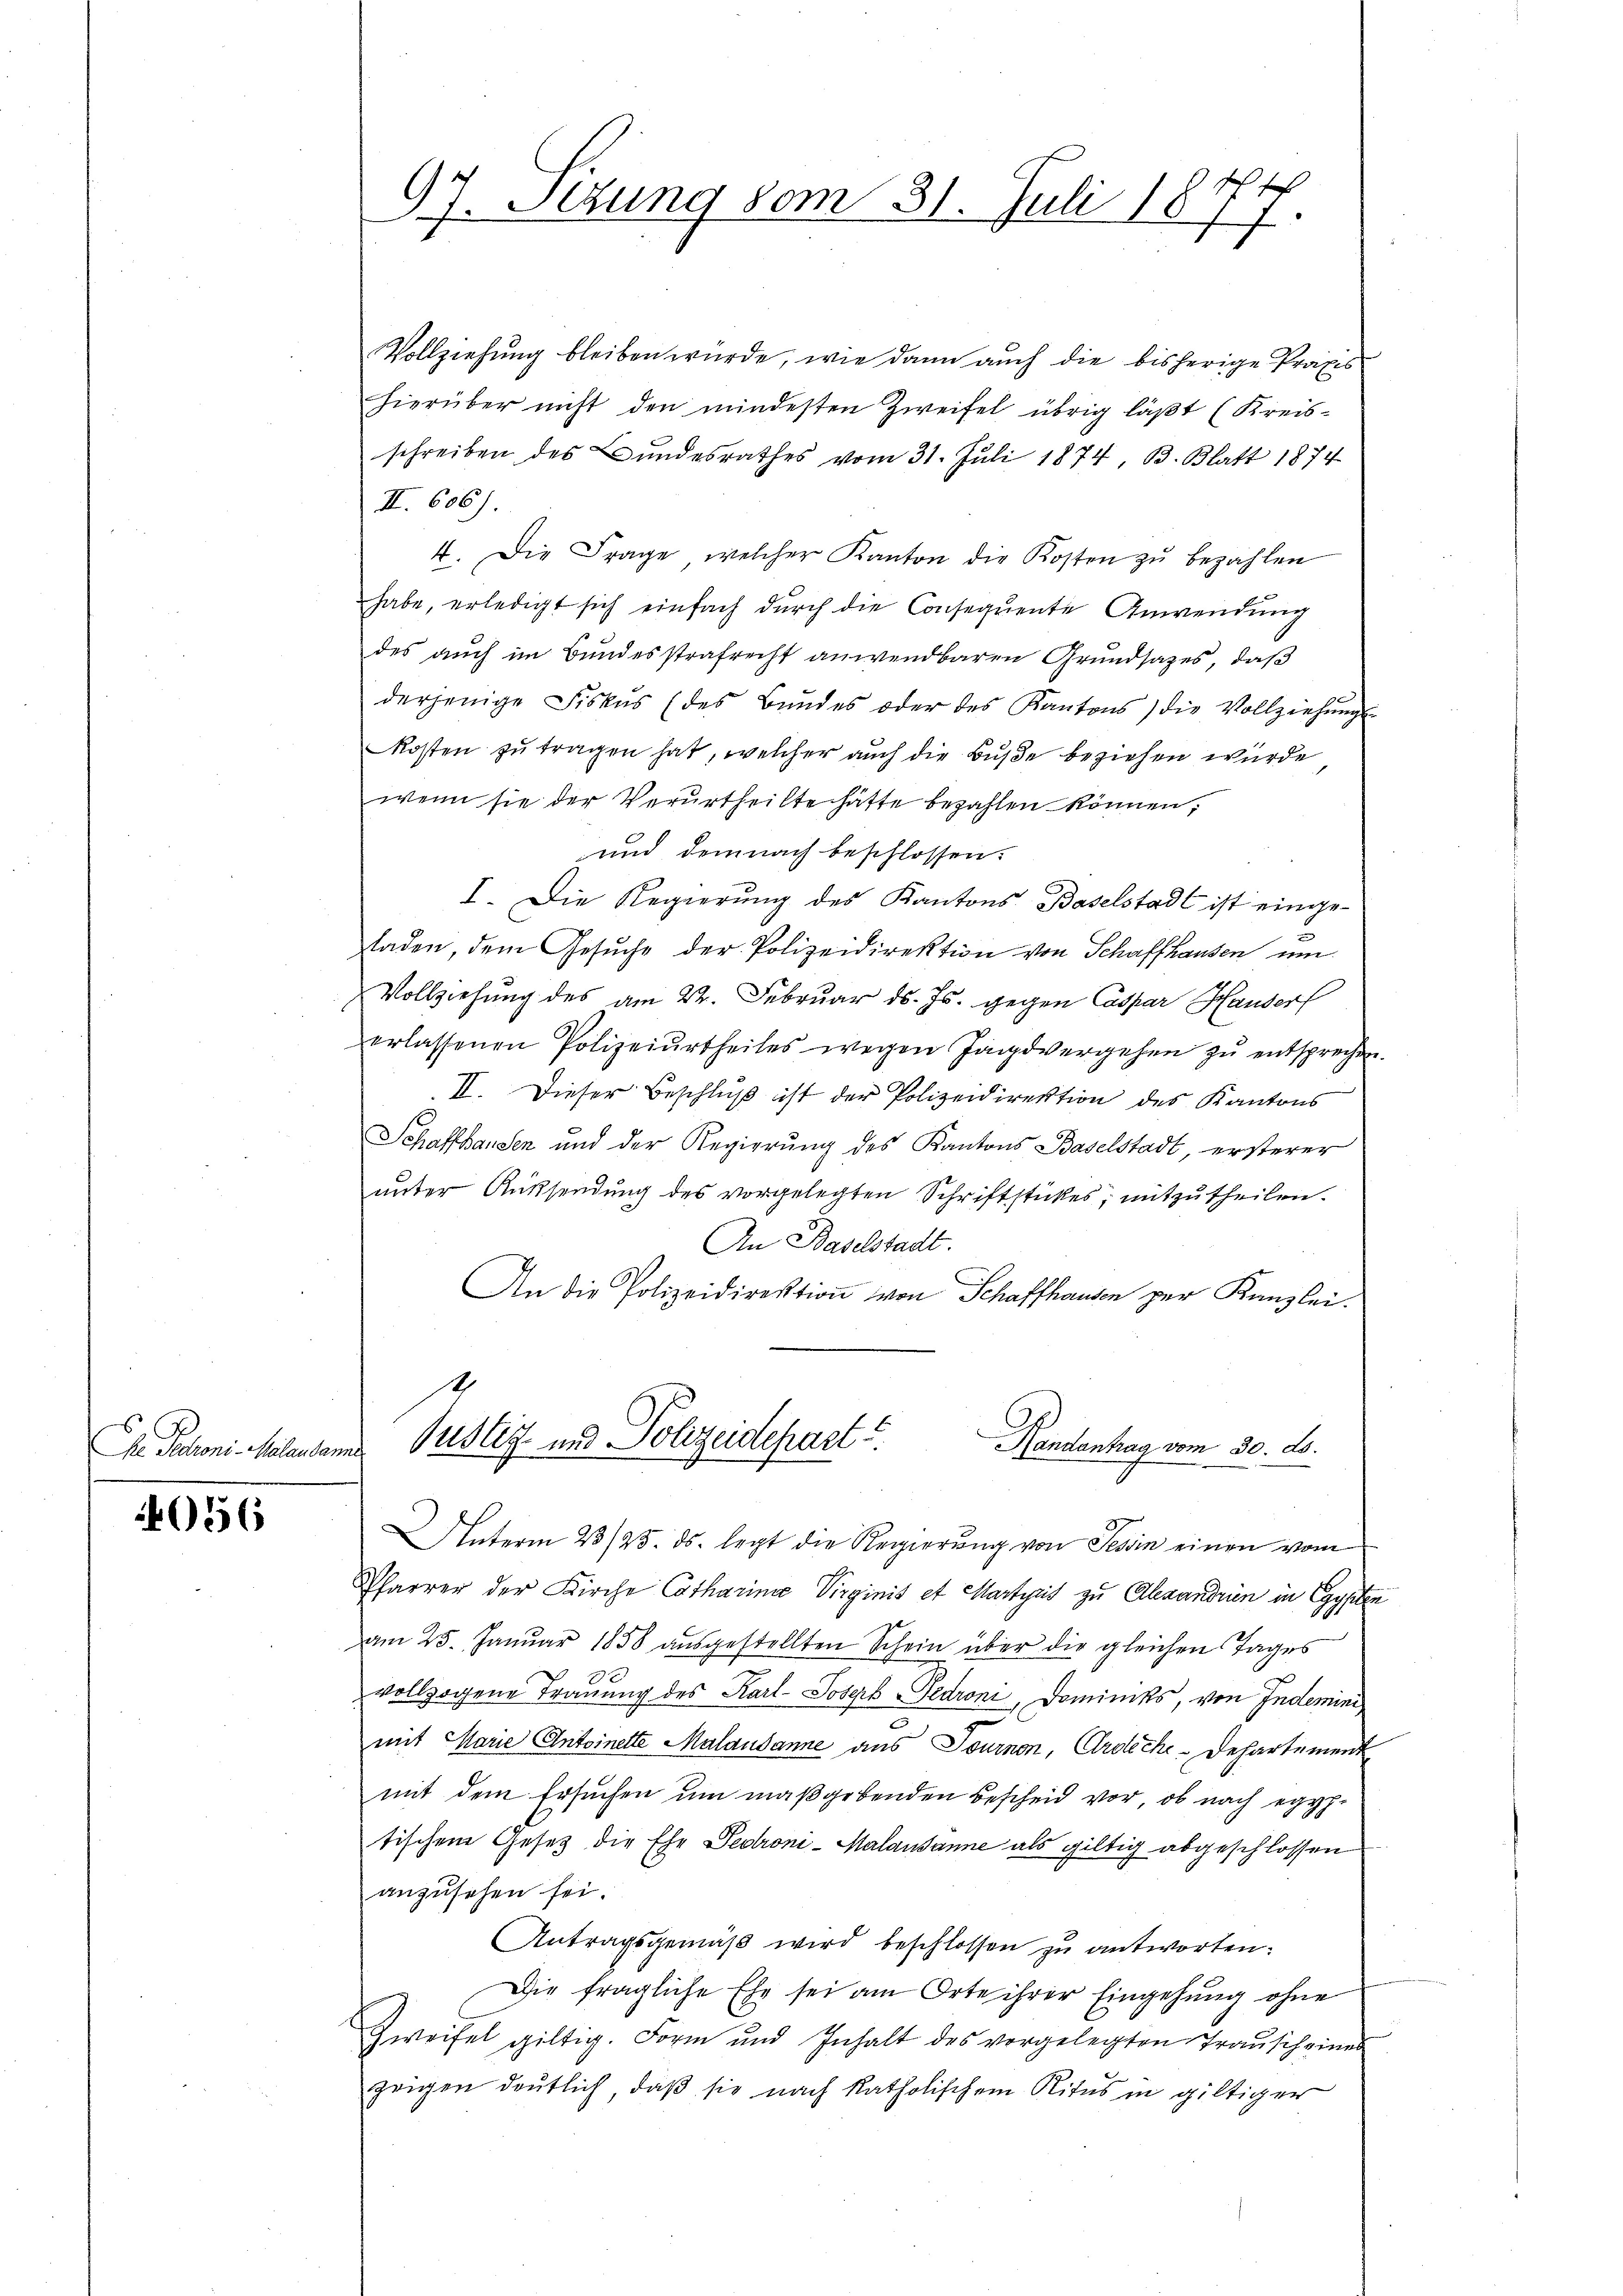
In Jochen. Malentan

0556

97. Sezung vom 31. Juli 1874.

Vollziehung bleiben würde, wie dann auch die bisherige Praxis
hierüber nicht den mindesten Zweifel übrig läßt (Kreisschreiben des Bundesrathes vom 31. Juli 1874, B. Blatt 1874
I. 606).
4. Die Frage, welcher Kanton die Kosten zŭ bezahlen
habe, erledigt sich einfach dŭrch die Consequente Anwendŭng
des auch im Bundesstrafrecht anwendbaren Grundsatzes, daß
derjenige Fiskus (des Bŭndes oder des Kantons) die Vollziehŭngs-
Kosten zu tragen hat, welcher auch die Buße beziehen wurde
wenn sie der Verurtheilte hätte bezahlen können,
und demnach beschlossen.
I. Die Regierung des Kantons Baselstadt ist einge¬
u
laden, dem Gesŭche der Polizeidirektion von Schaffhausen um
Vollziehung des am 22. Februar d. Js. gegen Caspar Hander
erlassenen Polizeiurtheiles wegen Jagdvergehen zŭ entsprechen.
II. Dieser Beschluß ist der Polizeidirektion des Kantons
Schaffhausen und der Regierung des Kantons Baselstadt, ersterer
unter Rüksendung des vorgelegten Schriftstückes, mitzutheilen.
An Baselstadt.
An die Polizeidirektion von Schaffhausen per Kanzlei.
s

Justiz und Polizeidepart u.
Handantrag vom 30. ds.
ef

Interm 23/25. ds. legt die Regierŭng von Tessin einen vom
Pfarrer der Kirche Catharina Virginis et Martyris zu Alexandrien in Egypten
am 25. Januar 1858 aŭsgestellten Schein über die gleichen Tages
E
vollzogene Trauung des Karl- Josef Pedroni, Dominiks, von Indemini,
mit Marie Antoinette Malausanne aus Journon, Ardiche-Departement
mit dem Ersuchen um maßgebenden Bescheid vor, ob nach egyp
tischem Gesetz die Ehe Bedroni-Malausanne als giltig abgeschlossen
anzusehen sei.
Antragsgemäβ wird beschlossen zu antworten:
Die fragliche Ehe sei am Orte ihrer Eingehung ohne
Zweifel giltig. Form und Inhalt des vorgelegten Trauscheinen
zeigen deutlich, daß sie nach katholischem Ritus in giltiger